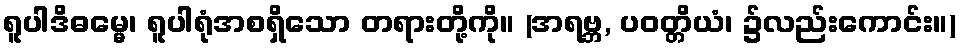
ရူပါဒိဓမ္မေ၊ ရူပါရုံအစရှိသော တရားတို့ကို။ (အရဗ္ဘ, ပဝတ္တိယံ၊ ၌လည်းကောင်း။)